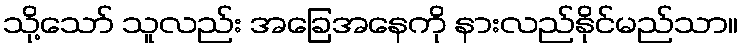
သို့သော် သူလည်း အခြေအနေကို နားလည်နိုင်မည်သာ။